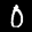
Label: 0